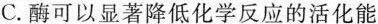
C.酶可以显著降低化学反应的活化能